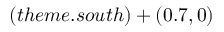
( t h e m e . s o u t h ) + ( 0 . 7 , 0 )